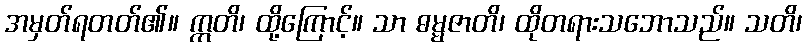
အမှတ်ရတတ်၏။ ဣတိ၊ ထို့ကြောင့်။ သာ ဓမ္မဇာတိ၊ ထိုတရားသဘောသည်။ သတိ၊